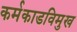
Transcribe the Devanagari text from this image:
कर्मकाडविमुख